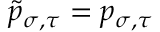
\tilde { p } _ { \sigma , \tau } = p _ { \sigma , \tau }